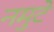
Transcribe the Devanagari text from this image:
नमुटे